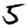
Digit: 5